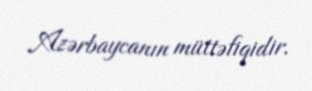
Azərbaycanın müttəfiqidir.